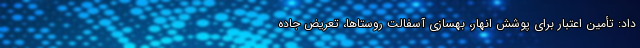
داد: تأمین اعتبار برای پوشش انهار، بهسازی آسفالت روستاها، تعریض جاده